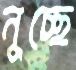
নুচ্ছে